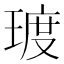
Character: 𪻿